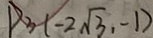
P _ { 3 } ( - 2 \sqrt { 3 } , - 1 )